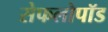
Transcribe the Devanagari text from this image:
सेफलोपॉड